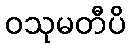
ဝသုမတီပိ